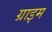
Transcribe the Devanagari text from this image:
ग्राइम